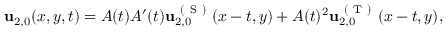
\begin{array} { r } { \mathbf { u } _ { 2 , 0 } ( x , y , t ) = A ( t ) A ^ { \prime } ( t ) \mathbf { u } _ { 2 , 0 } ^ { \mathrm { ~ ( ~ S ~ ) ~ } } ( x - t , y ) + A ( t ) ^ { 2 } \mathbf { u } _ { 2 , 0 } ^ { \mathrm { ~ ( ~ T ~ ) ~ } } ( x - t , y ) , } \end{array}